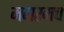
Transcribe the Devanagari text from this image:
मगरमच